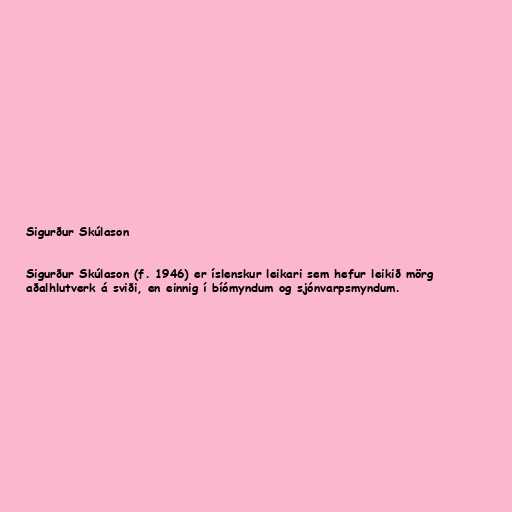
Sigurður Skúlason

Sigurður Skúlason (f. 1946) er íslenskur leikari sem hefur leikið mörg
aðalhlutverk á sviði, en einnig í bíómyndum og sjónvarpsmyndum.